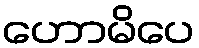
ဟောမိပေ